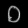
Digit: ၀